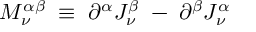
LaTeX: M _ { \nu } ^ { \alpha \beta } \; \equiv \; \partial ^ { \alpha } J _ { \nu } ^ { \beta } \; - \; \partial ^ { \beta } J _ { \nu } ^ { \alpha }